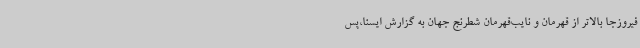
فیروزجا بالاتر از قهرمان و نایب‌قهرمان شطرنج جهان به گزارش ایسنا،پس